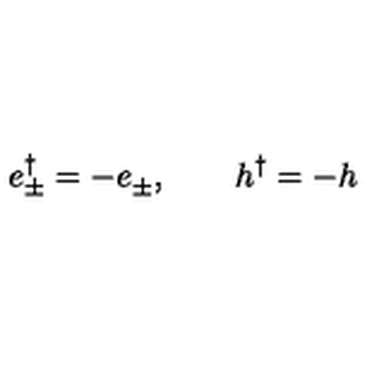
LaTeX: e _ { \pm } ^ { \dag } = - e _ { \pm } ^ { } , \qquad h _ { } ^ { \dag } = - h